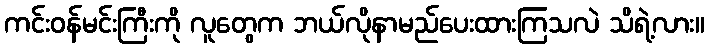
ကင်းဝန်မင်းကြီးကို လူတွေက ဘယ်လိုနာမည်ပေးထားကြသလဲ သိရဲ့လား။